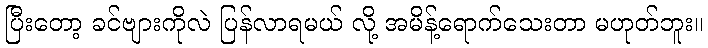
ပြီးတော့ ခင်ဗျားကိုလဲ ပြန်လာရမယ် လို့ အမိန့်ရောက်သေးတာ မဟုတ်ဘူး။